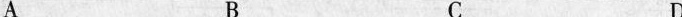
A B C D